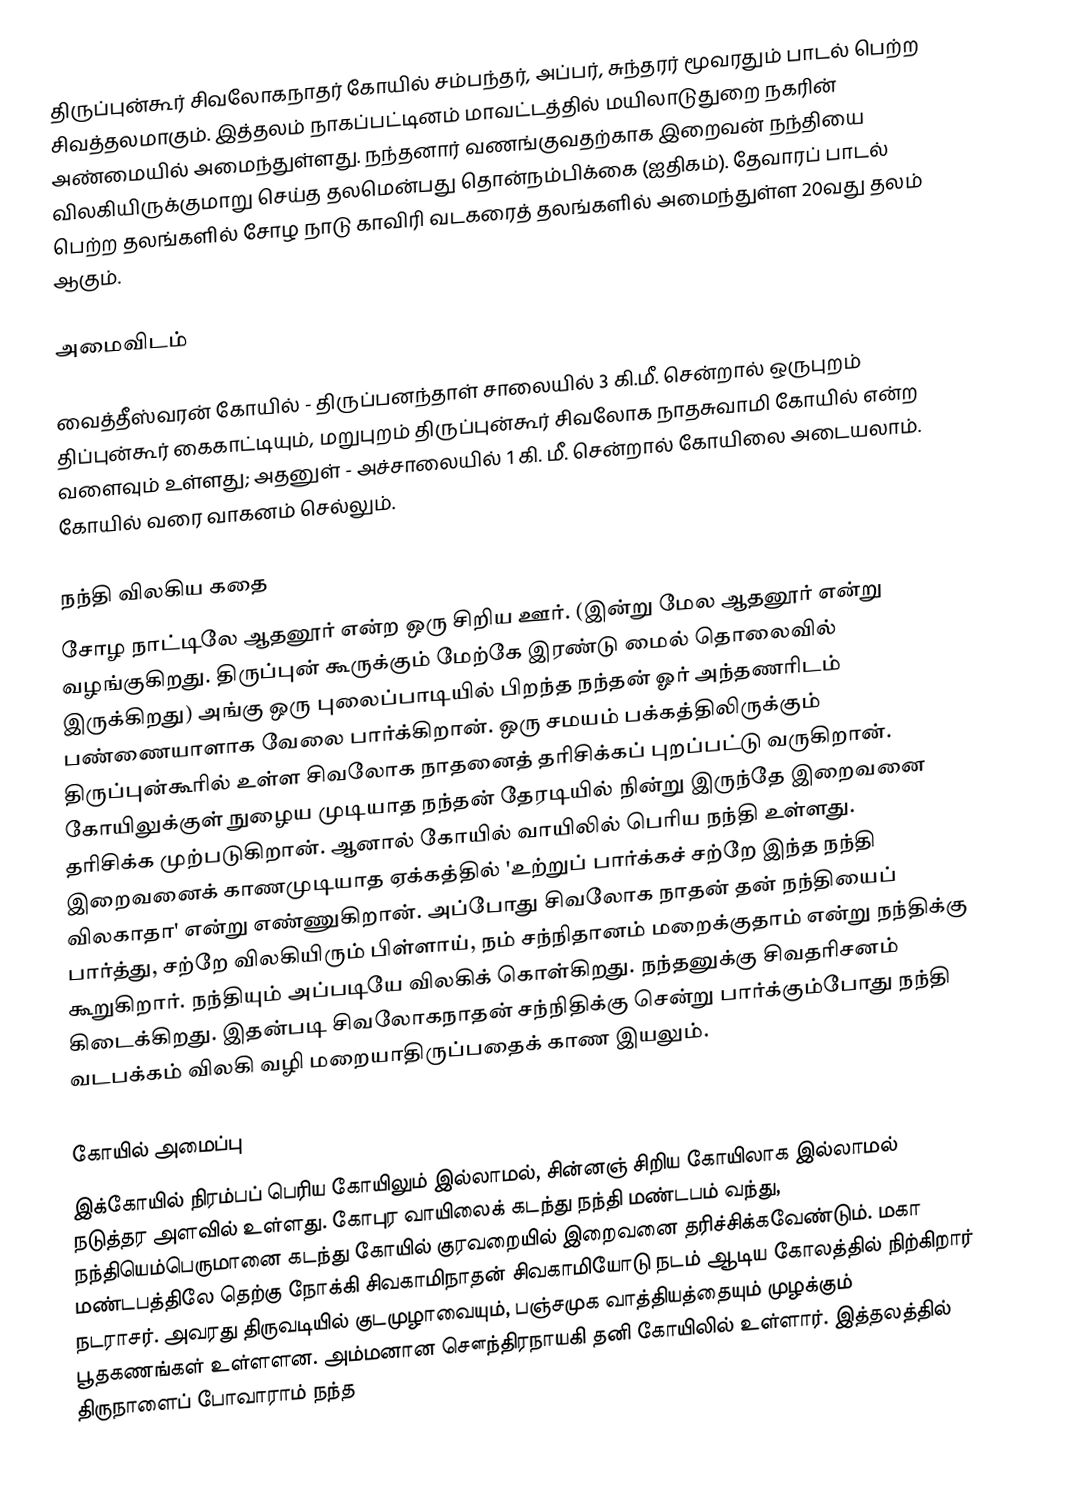
திருப்புன்கூர் சிவலோகநாதர் கோயில் சம்பந்தர், அப்பர், சுந்தரர் மூவரதும் பாடல் பெற்ற சிவத்தலமாகும். இத்தலம் நாகப்பட்டினம் மாவட்டத்தில் மயிலாடுதுறை நகரின் அண்மையில் அமைந்துள்ளது. நந்தனார் வணங்குவதற்காக இறைவன் நந்தியை விலகியிருக்குமாறு செய்த தலமென்பது தொன்நம்பிக்கை (ஐதிகம்). தேவாரப் பாடல் பெற்ற தலங்களில் சோழ நாடு காவிரி வடகரைத் தலங்களில் அமைந்துள்ள 20வது தலம் ஆகும்.

அமைவிடம்

வைத்தீஸ்வரன் கோயில் - திருப்பனந்தாள் சாலையில் 3 கி.மீ. சென்றால் ஒருபுறம் திப்புன்கூர் கைகாட்டியும், மறுபுறம் திருப்புன்கூர் சிவலோக நாதசுவாமி கோயில் என்ற வளைவும் உள்ளது; அதனுள் - அச்சாலையில் 1 கி. மீ. சென்றால் கோயிலை அடையலாம். கோயில் வரை வாகனம் செல்லும்.

நந்தி விலகிய கதை
சோழ நாட்டிலே ஆதனூர் என்ற ஒரு சிறிய ஊர். (இன்று மேல ஆதனூர் என்று வழங்குகிறது. திருப்புன் கூருக்கும் மேற்கே இரண்டு மைல் தொலைவில் இருக்கிறது) அங்கு ஒரு புலைப்பாடியில் பிறந்த நந்தன் ஓர் அந்தணரிடம் பண்ணையாளாக வேலை பார்க்கிறான். ஒரு சமயம்  பக்கத்திலிருக்கும் திருப்புன்கூரில் உள்ள சிவலோக நாதனைத் தரிசிக்கப் புறப்பட்டு வருகிறான். கோயிலுக்குள் நுழைய முடியாத நந்தன் தேரடியில் நின்று இருந்தே இறைவனை தரிசிக்க முற்படுகிறான். ஆனால் கோயில் வாயிலில் பெரிய நந்தி உள்ளது. இறைவனைக் காணமுடியாத ஏக்கத்தில் 'உற்றுப் பார்க்கச் சற்றே இந்த நந்தி விலகாதா' என்று எண்ணுகிறான். அப்போது சிவலோக நாதன் தன் நந்தியைப் பார்த்து, சற்றே விலகியிரும் பிள்ளாய், நம் சந்நிதானம் மறைக்குதாம் என்று நந்திக்கு கூறுகிறார். நந்தியும் அப்படியே விலகிக் கொள்கிறது. நந்தனுக்கு சிவதரிசனம் கிடைக்கிறது.  இதன்படி சிவலோகநாதன் சந்நிதிக்கு சென்று பார்க்கும்போது நந்தி வடபக்கம் விலகி வழி மறையாதிருப்பதைக் காண இயலும்.

கோயில் அமைப்பு
இக்கோயில் நிரம்பப் பெரிய கோயிலும் இல்லாமல், சின்னஞ் சிறிய கோயிலாக  இல்லாமல் நடுத்தர அளவில் உள்ளது. கோபுர வாயிலைக் கடந்து நந்தி மண்டபம் வந்து, நந்தியெம்பெருமானை கடந்து கோயில் குரவறையில் இறைவனை தரிச்சிக்கவேண்டும்.  மகா மண்டபத்திலே தெற்கு நோக்கி  சிவகாமிநாதன் சிவகாமியோடு நடம் ஆடிய கோலத்தில் நிற்கிறார் நடராசர். அவரது திருவடியில் குடமுழாவையும், பஞ்சமுக வாத்தியத்தையும் முழக்கும் பூதகணங்கள் உள்ளளன. அம்மனான சௌந்திரநாயகி தனி கோயிலில் உள்ளார். இத்தலத்தில் திருநாளைப் போவாராம் நந்த